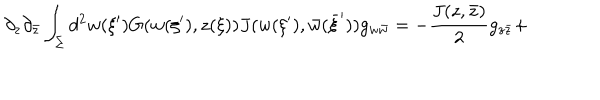
LaTeX: \partial _ { z } \partial _ { \bar { z } } \int _ { \Sigma } d ^ { 2 } w ( \xi ^ { \prime } ) G ( w ( \xi ^ { \prime } ) , z ( \xi ) ) J ( w ( \xi ^ { \prime } ) , \bar { w } ( \bar { \xi } ^ { \prime } ) ) g _ { w \bar { w } } = - { \frac { J ( z , \bar { z } ) } { 2 } } g _ { z \bar { z } } +